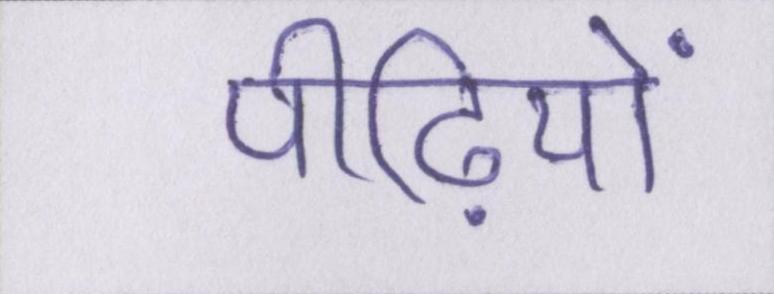
पीढ़ियों